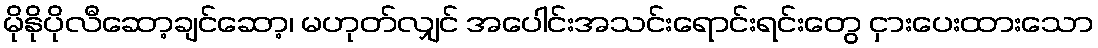
မိုနိုပိုလီဆော့ချင်ဆော့၊ မဟုတ်လျှင် အပေါင်းအသင်းရောင်းရင်းတွေ ငှားပေးထားသော